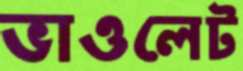
ভাওলেট